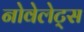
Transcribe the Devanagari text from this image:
नोवेलेट्स